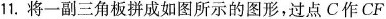
11.将一副三角板拼成如图所示的图形，过点C作CF